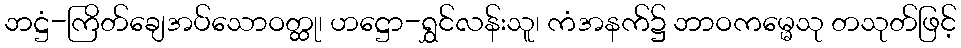
ဘဋ္ဌံ-ကြိတ်ချေအပ်သောဝတ္ထု၊ ဟဋ္ဌော-ရွှင်လန်းသူ၊ ကံအနက်၌ ဘာဝကမ္မေသု တသုတ်ဖြင့်